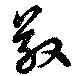
敬